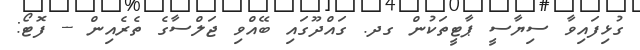
ގުޅިފައިވާ ސިޔާސީ ޕާޓީތަކުން ގދ. ގައްދޫގައި ބޭއްވި ޖަލްސާގެ ތެރެއިން -- ފޮޓޯ: